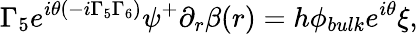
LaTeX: \Gamma_{5}e^{i\theta(-i\Gamma_{5}\Gamma_{6})}\psi^{+}\partial_{r}\beta(r)=h\phi_{bulk}e^{i\theta}\xi,